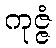
ကုဇ္ဇံ